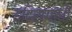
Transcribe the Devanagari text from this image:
इंदिरागांधी